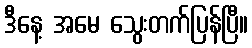
ဒီနေ့ အမေ သွေးတက်ပြန်ပြီ။